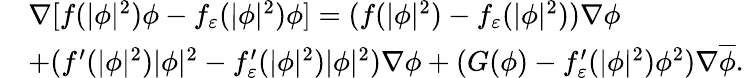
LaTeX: \begin{array}{rl}&{\nabla[f(|\phi|^{2})\phi-f_{\varepsilon}(|\phi|^{2})\phi]=(f(|\phi|^{2})-f_{\varepsilon}(|\phi|^{2}))\nabla\phi}\\ &{+(f^{\prime}(|\phi|^{2})|\phi|^{2}-f_{\varepsilon}^{\prime}(|\phi|^{2})|\phi|^{2})\nabla\phi+(G(\phi)-f_{\varepsilon}^{\prime}(|\phi|^{2})\phi^{2})\nabla\overline{{\phi}}.}\end{array}